Lunatic asylums Madras 1892-1911 - 1892-1911
Year: 1892
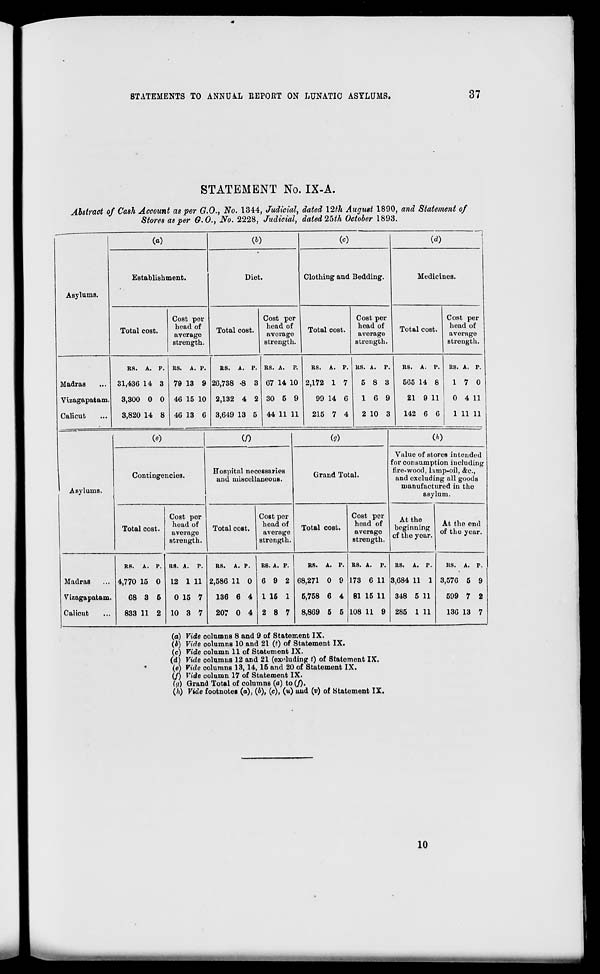
STATEMENTS TO ANNUAL REPORT ON LUNATIC ASYLUMS.
37
STATEMENT No. IX-A.
Abstract of Cash Account as per G.O., No. 1344, Judicial, dated 12th August 1890, and Statement of
Stores as per 6.O., No. 2228, Judicial, dated 25th October 1893.
Asylums.
(a)
(b)
Establishment.
Total cost.
Cost per
head of
average
strength.
Diet.
Total cost.
Cost per
head of
average
strength.
(0
(d)
Clothing and Bedding.
Total cost.
Cost per
head of
average
strength.
Medicines.
Total cost.
Cost per
head of
average
strength.
Madras
Vizagapatam
Calicut
RS. A. p.
31,436 14 3
3,300 0 0
3,820 14 8
RS. A. p.
79 13 9
46 15 10
46 13 6
RS. A. p.
26,738 -8 3
2,132 4 2
3,649 13 5
RS. A. p.
67 14 10
30 5 9
44 11 11
RS. A. P.
2,172 1 7
99 14 6
215 7 4
RS. A. P.
5 8 3
16 9
2 10 3
RS. A. P.
565 14 8
21 9 11
142 6 6
RS. A. P.
17 0
0 4 11
1 11 11
Asylums.
(•)
Contingencies.
if)
(?)
Hospital necessaries
and miscellaneous.
Total cost.
Cost per
head of
average
strength.
Total coBt.
Cost per
head of
average
strength.
Grand Total.
Total cost.
Madras
Vizagapatam.
Calicut
RS.
A. P.
4,770 15 0
68 3 5
833 11 2
us. A. p.
12 1 11
0 15 7
10 3 7
RS. A. P.
RS. A. p.
2,586 11 0 6 9 2
136 6 4 1 16 1
207 0 4 2 8 7
RS. A. P.
68,271 0 9
6,758 6 4
8,869 5 5
Cost per
head of
average
strength.
CO
Value of stores intended
for consumption including
fire-wood, lamp-oil, &c,
and excluding all goods
manufactured in the
asylum.
At the
beginning
of the year.
RS. A.
p.
173 6 11
81 15 11
108 11 9
RS. A. p.
3,684 11 1
348 5 11
285 1 11
At the end
of the year.
ns. A. p.
3,576 5 9
599 7 2
136 13 7
(a) Vide columns 8 and 9 of Statement IX.
(b) Vide columns 10 and 21 (t) of Statement IX.
(c) Vide column 11 of Statement IX.
(d) Vide columns 12 and 21 (excluding t) of Statement IX.
(e) Vide columns 13, 14, 15 and 20 of Statement IX.
(/) Vide column 17 of Statement IX.
(<7) Grand Total of columns («) to (/).
(/i) Vide footnotes (a), (£), (c), (u) uud (v) of Statement IX.
10